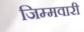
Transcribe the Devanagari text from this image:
जिम्मवारी